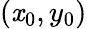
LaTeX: (\mathit{x}_{0},y_{0})